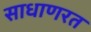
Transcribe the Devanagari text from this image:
साधाणरत